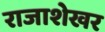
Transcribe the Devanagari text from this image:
राजाशेखर